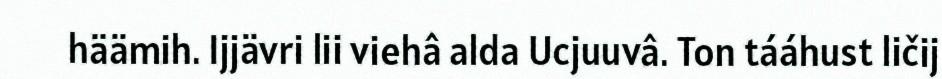
häämih. Ijjävri lii viehâ alda Ucjuuvâ. Ton tááhust ličij